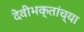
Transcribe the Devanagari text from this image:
देवीभक्तांच्या